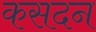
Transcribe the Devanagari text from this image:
कसदन